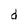
Character: d